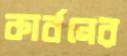
কার্বনের